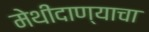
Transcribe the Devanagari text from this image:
मेथीदाण्याचा